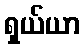
ရှယ်ယာ